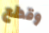
وقطع